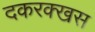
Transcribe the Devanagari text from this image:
दकरक्खस